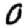
Digit: 0